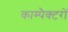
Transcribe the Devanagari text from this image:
काम्पैक्टरों